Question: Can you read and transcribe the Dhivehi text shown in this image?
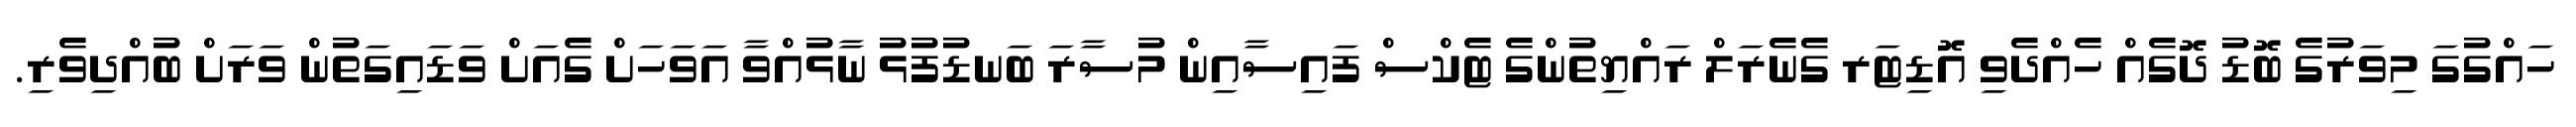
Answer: ހައްގުގަ މިވަރުގެ ބޮޑު ދޮގެއް ހެއްދެވި އޮޑިޓަރ ގެނެރަލް ރައްޔިތުންގެ ޓެކްސް ފައިސާއިން މުސާރަ ބަނޑުފުޅު ނާޅުއްވާ އަވަހަށް ގެއަށް ވަޑައިގަތުން ވަރަށް ބުއްދިވެރި.